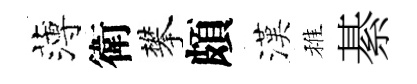
薄衛攀頗漢稚綦